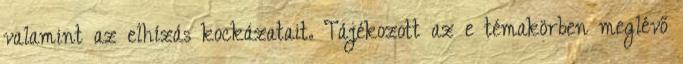
valamint az elhízás kockázatait. Tájékozott az e témakörben meglévő